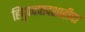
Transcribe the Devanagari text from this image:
हिंदुपदपादशाहीचा